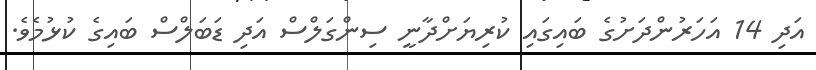
އަދި 14 އަހަރުންދަށުގެ ބައިގައި ކުރިޔަށްދާނީ ސިންގަލްސް އަދި ޑަބަލްސް ބައިގެ ކުޅުމެވެ.